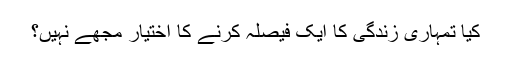
کیا تمہاری زندگی کا ایک فیصلہ کرنے کا اختیار مجھے نہیں؟